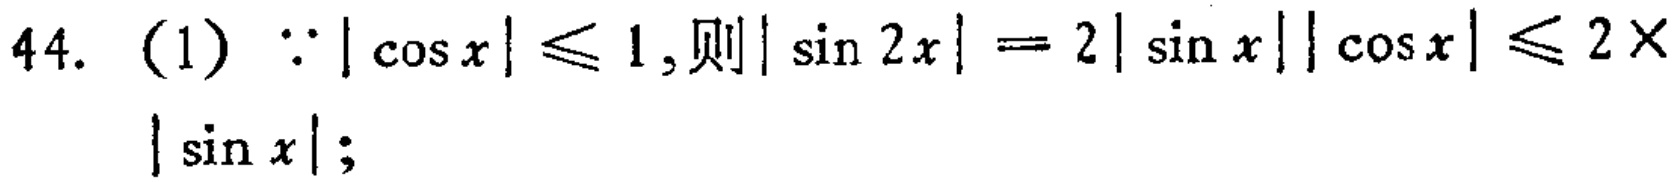
44. (1) $\because|\cos x|\leq1$, 则 $|\sin 2x| = 2|\sin x||\cos x|\leq 2\times|\sin x|$;